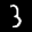
Label: 3